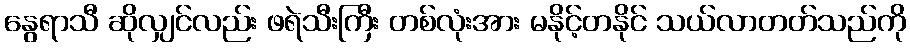
နွေရာသီ ဆိုလျှင်လည်း ဖရဲသီးကြီး တစ်လုံးအား မနိုင့်တနိုင် သယ်လာတတ်သည်ကို